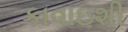
કાવાઇશી